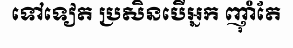
ទៅទៀត ប្រសិនបើអ្នក ញ៉ាំតែ